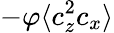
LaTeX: -\varphi\langle c_{z}^{2}c_{x}\rangle